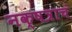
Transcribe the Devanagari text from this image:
नक्षत्राचं